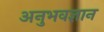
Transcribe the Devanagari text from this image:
अनुभवज्ञान